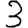
Digit: 3